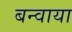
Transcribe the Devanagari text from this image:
बन्वाया